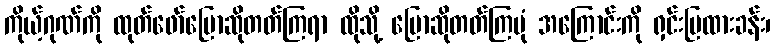
ကိုယ့်ဂုဏ်ကို ထုတ်ဖော်ပြောဆိုတတ်ကြရာ ထိုသို့ ပြောဆိုတတ်ကြပုံ အကြောင်းကို ရှင်းပြထားခန်း၊